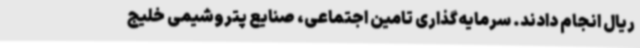
ریال انجام دادند. سرمایه‌گذاری تامین اجتماعی، صنایع پتروشیمی خلیج